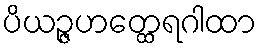
ပိယဉ္ဇဟတ္ထေရဂါထာ